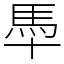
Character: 䭴